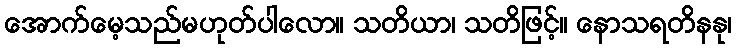
အောက်မေ့သည်မဟုတ်ပါလော။ သတိယာ၊ သတိဖြင့်။ နောသရတိနနု၊